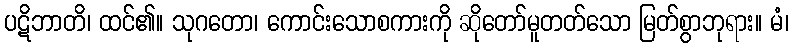
ပဋိဘာတိ၊ ထင်၏။ သုဂတော၊ ကောင်းသောစကားကို ဆိုတော်မူတတ်သော မြတ်စွာဘုရား။ မံ၊